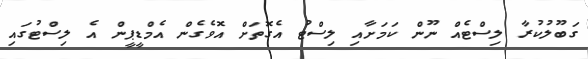
ގަބޫލުކުރާ ލިސްޓެއް ނޫން ކަމަށާއި ލިސްޓު އެގޮތަށް އޮވެގެން އެމްޑީޕީން އެ ލިސްޓުގައި